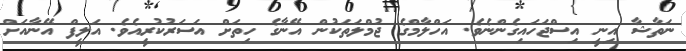
ނަތާޝާ އިނީ އިސްޖަހައިގެންނެވެ. އަހްލާމްގެ ޖުމްލަތަކުން އޭނާގެ ހިތަށް އަސަރުކުރީއެވެ. އަލީފް އޭނާއަށް